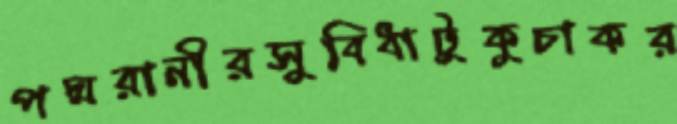
পদ্মরানীরসুবিধাটুকুচাকর